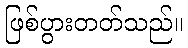
ဖြစ်ပွားတတ်သည်။